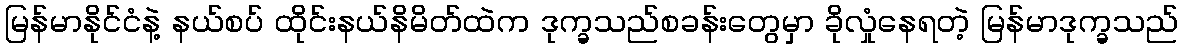
မြန်မာနိုင်ငံနဲ့ နယ်စပ် ထိုင်းနယ်နိမိတ်ထဲက ဒုက္ခသည်စခန်းတွေမှာ ခိုလှုံနေရတဲ့ မြန်မာဒုက္ခသည်